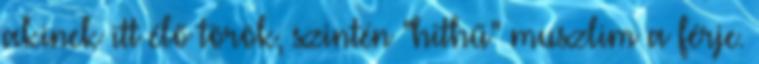
akinek itt élő török, szintén "hithű" muszlim a férje.